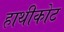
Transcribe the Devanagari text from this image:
हाथीकोट